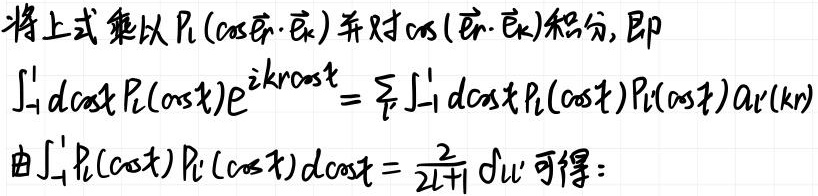
将上式乘以$P_l(\cos\hat{\mathbf{r}}\cdot\hat{\mathbf{k}})$并对$\cos(\hat{\mathbf{r}}\cdot\hat{\mathbf{k}})$积分, 即
\[
\int_{-1}^{1} d\cos t P_l(\cos t) e^{i k r \cos t}=\sum_{l'} \int_{-1}^{1} d\cos t P_l(\cos t) P_{l'}(\cos t) A_{l'}(k r)
\]
由$\int_{-1}^{1} P_l(\cos t) P_{l'}(\cos t) d\cos t=\frac{2}{2l + 1} \delta_{ll'}$可得: